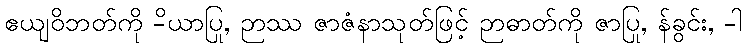
ဧယျဝိဘတ်ကို -ိယာပြု, ဉာဿ ဇာဇံနာသုတ်ဖြင့် ဉာဓာတ်ကို ဇာပြု, န်ခွင်း, -ါ